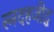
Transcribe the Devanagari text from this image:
स्मदहजीद्ध